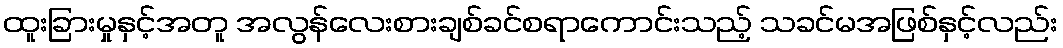
ထူးခြားမှုနှင့်အတူ အလွန်လေးစားချစ်ခင်စရာကောင်းသည့် သခင်မအဖြစ်နှင့်လည်း